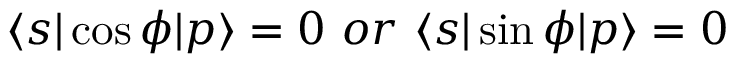
\langle s | \cos \phi | p \rangle = 0 \ o r \ \langle s | \sin \phi | p \rangle = 0